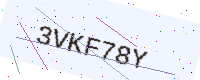
Text: 3VKF78Y